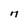
Character: M